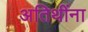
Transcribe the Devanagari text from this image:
अतिथींना